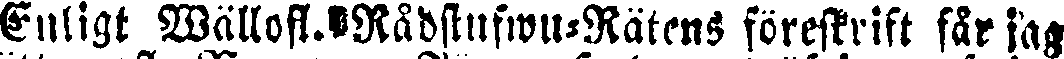
Enligt Wällofl. Rådstufwu-Rätens föreskrift får jag